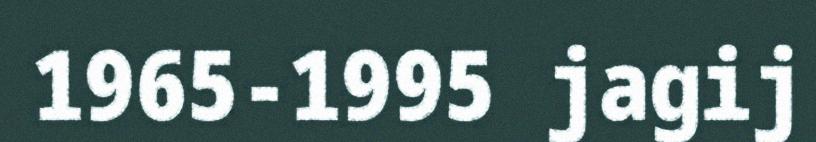
1965-1995 jagij